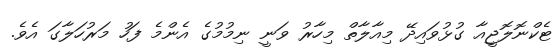
ޓެކްނޮލޮޖީއާ ގުޅުވައިދޭ މިއާލާތް މިހާރު ވަނީ ނިމުމުގެ އެންމެ ފަހު މަރުހަލާގަ އެވެ.